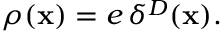
\rho ( { \bf x } ) = e \, \delta ^ { D } ( { \bf x } ) .